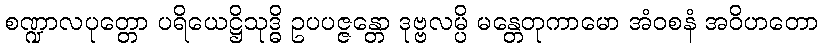
စဏ္ဍာလပုတ္တော ပရိယေဋ္ဌိသုဒ္ဓိ ဥပပဇ္ဇန္တော ဒုဗ္ဗလမ္ပိ မန္တေတုကာမော အံဝစနံ အဝိဟတော